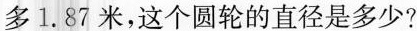
多1.87米，这个圆轮的直径是多少?